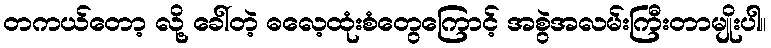
တကယ်တော့ လို့ ခေါ်တဲ့ ဓလေ့ထုံးစံတွေကြောင့် အစွဲအလမ်းကြီးတာမျိုးပါ။